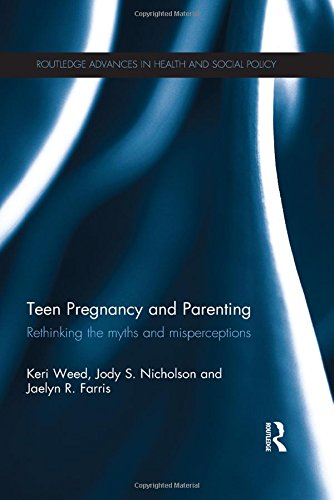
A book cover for Teen Pregnancy and Parenting: Rethinking the Myths and Misperceptions (Routledge Advances in Health and Social Policy); Keri Weed; Health, Fitness & Dieting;